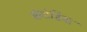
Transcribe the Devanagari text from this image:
संगोष्ठिया